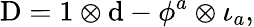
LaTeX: \mathrm{D}=1\otimes\mathrm{d}-\phi^{a}\otimes\iota_{a},